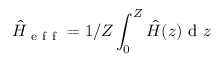
\hat { H } _ { \mathrm { ~ e ~ f ~ f ~ } } = 1 / Z \int _ { 0 } ^ { Z } \hat { H } ( z ) \mathrm { ~ d ~ } z